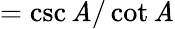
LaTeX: ={\csc\mathit{A}/\cot\mathit{A}}